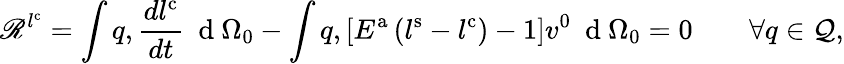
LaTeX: \mathscr{R}^{l^{\mathrm{{c}}}}=\int q,\frac{dl^{\mathrm{c}}}{dt}\ \mathrm{~d~}{\Omega_{0}}-\int q,\left[E^{\mathrm{a}}\left(l^{\mathrm{s}}-l^{\mathrm{c}}\right)-1\right]v^{\mathrm{0}}\ \mathrm{~d~}{\Omega_{0}}=0\qquad\forall q\in{\mathcal{Q}},